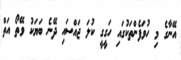
އޭނާގެ މި ހުވަފެންތަކުގައި ހަގީގީ ކުލަ ޖައްސައި ދޭނެ ބަޔަކު ވޭތޯ އަތް